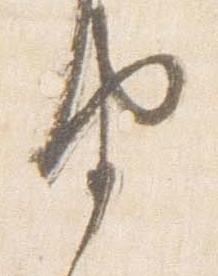
由